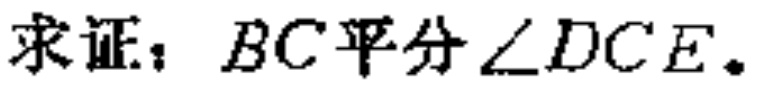
求证：\(BC\)平分\(\angle DCE\)。